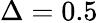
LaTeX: \Delta=0.5